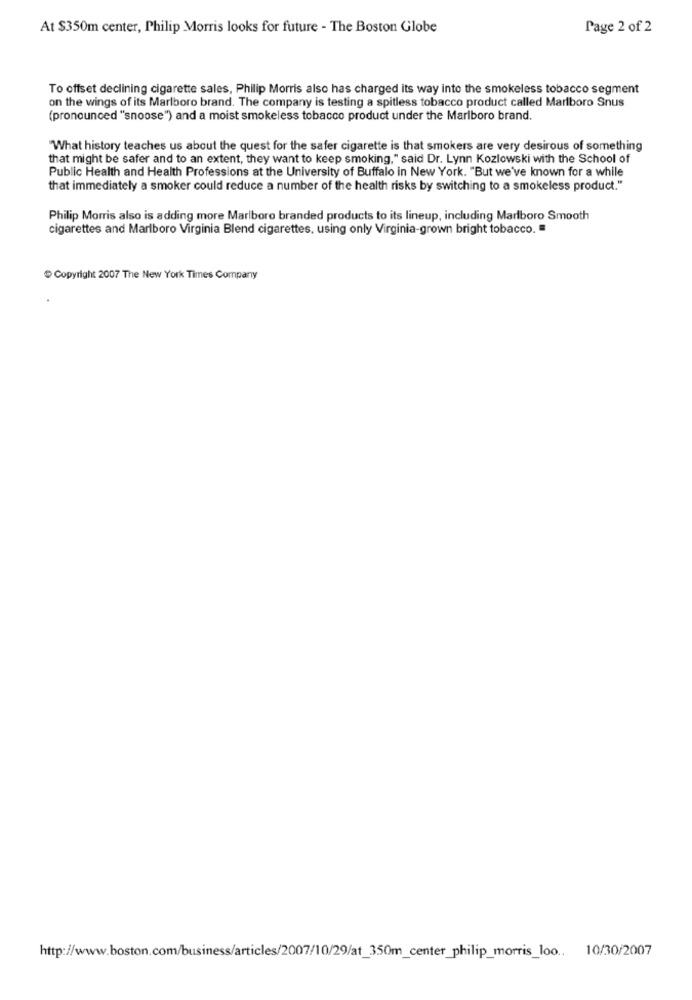
At $350m center, Philip Morris looks for future - The Boston Globe
Page 2 of 2
To offset declining cigarette sales, Philip Morris also has charged its way into the smokeless tobacco segment
on the wings of its Marlboro brand. The company is testing a spitless tobacco product called Marlboro Snus
(pronounced "snoose") and a moist smokeless tobacco product under the Marlboro brand.
"What history teaches us about the quest for the safer cigarette is that smokers are very desirous of something
that might be safer and to an extent, they want to keep smoking," said Dr. Lynn Kozlowski with the School of
Public Health and Health Professions at the University of Buffalo in New York. "But we've known for a while
that immediately a smoker could reduce a number of the health risks by switching to a smokeless product."
Philip Morris also is adding more Marlboro branded products to its lineup, including Marlboro Smooth
cigarettes and Marlboro Virginia Blend cigarettes, using only Virginia-grown bright tobacco. =
Copyright 2007 The New York Times Company
http://www.boston.com/business/articles/2007/10/29/at_350m_center_philip_morris_loo. 10/30/2007